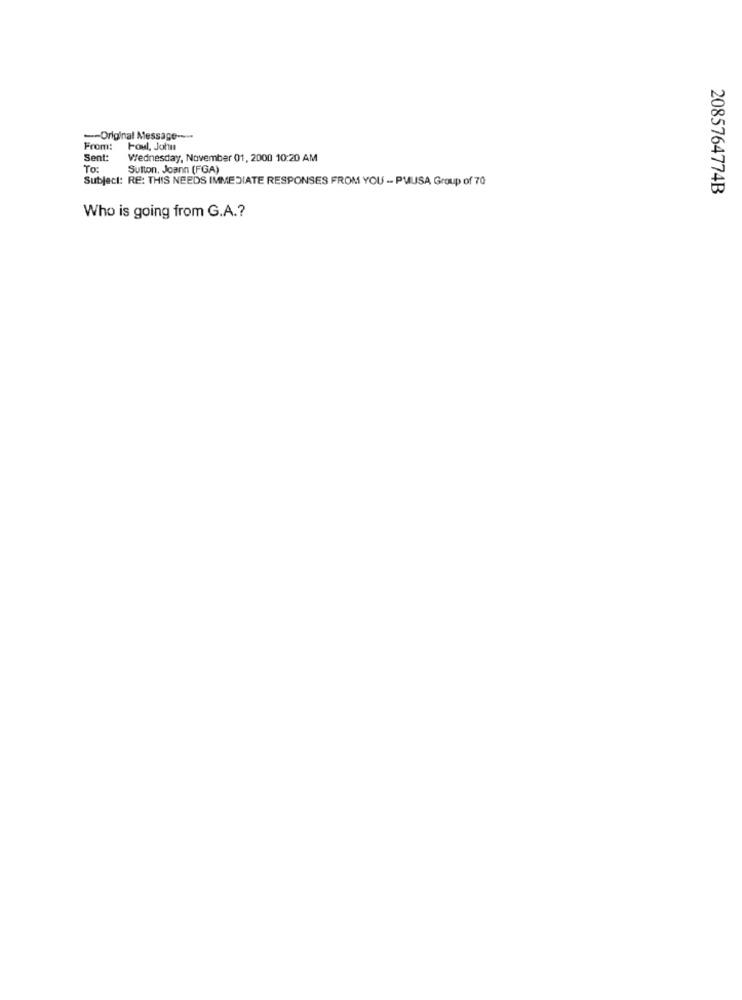
-Original Message ----
From:
Foul, John
Sent:
Wednesday, November 01, 2000 10:20 AM
To:
Sutton, Joann (FGA)
Subject: RE: THIS NEEDS IMMEDIATE RESPONSES FROM YOU -- PMUSA Group of 70
2085764774B
Who is going from G.A .?